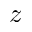
z